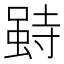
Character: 𰍥